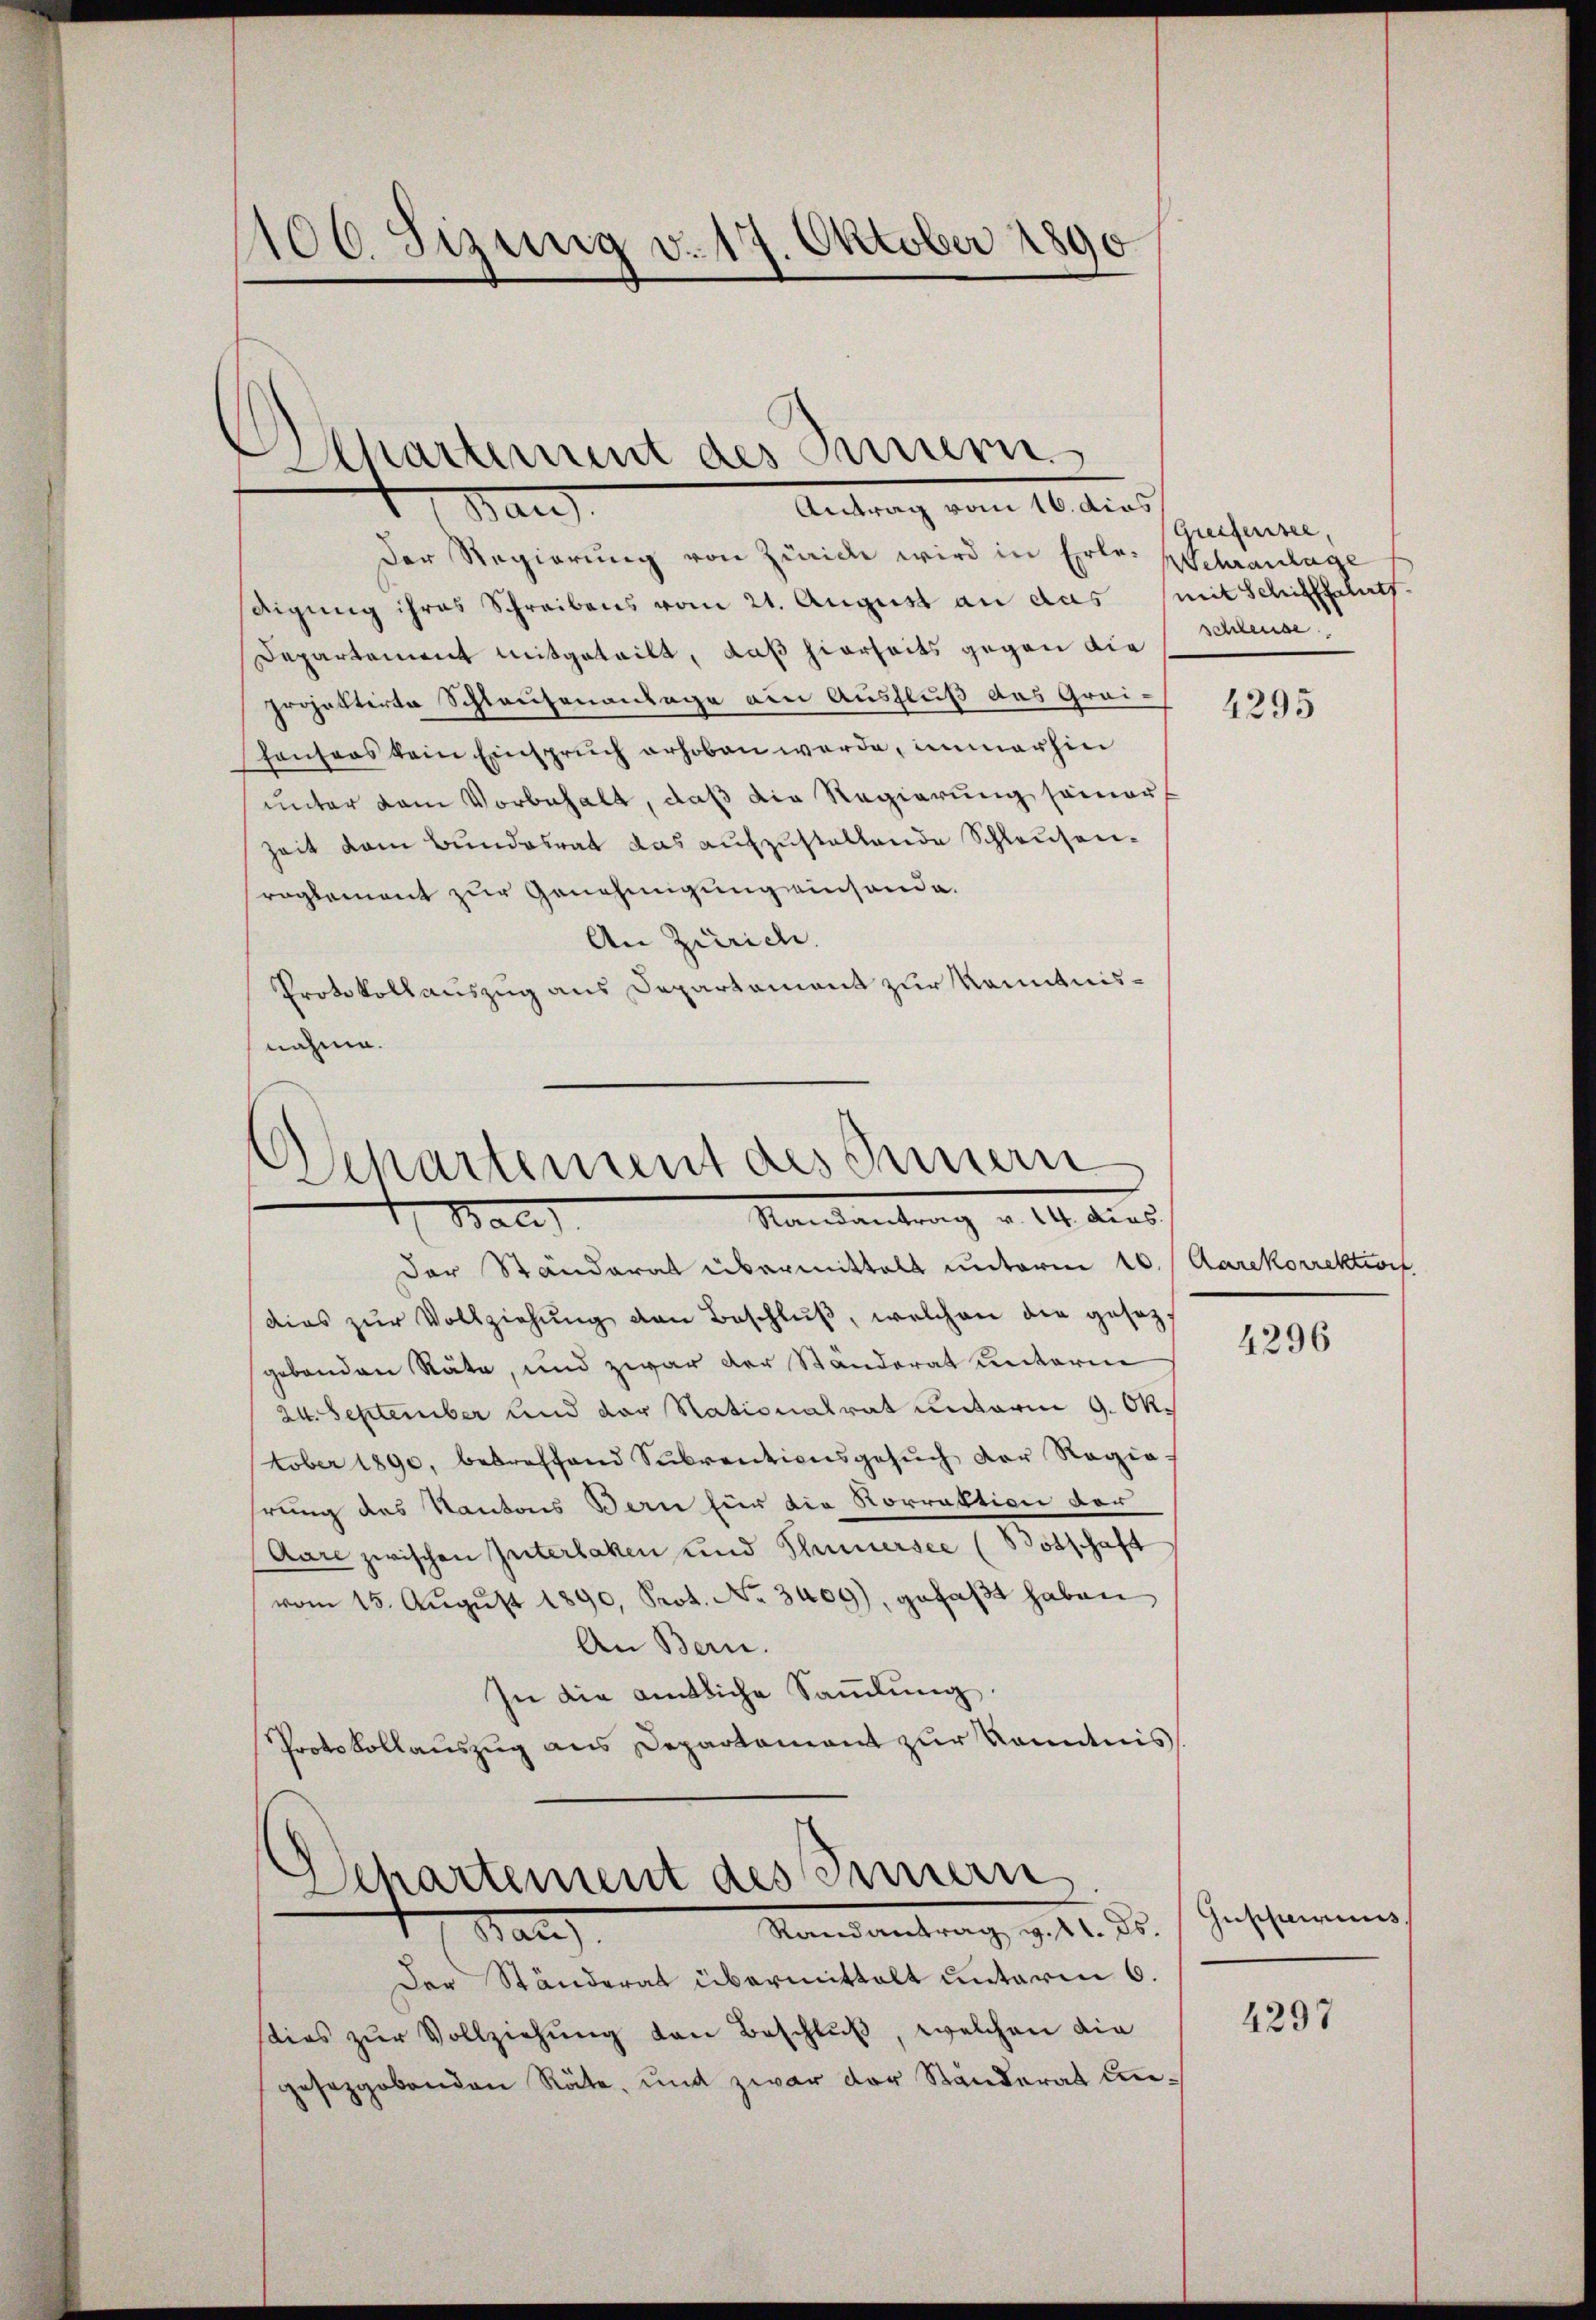
106. Sizung v. 17. Oktober 1890

Departement des Kurier
Antrag vom 16. dies
1 Man

Der Regierung von Zürich wird in Erle: Wehranlage
digung ihres Schreibens vom 21. August an das (mit Schifffahrts-
Departement mitgeteilt, daß hierheits gegen die
projektirte Schlausenanlage am Ausfluß das Greihansors kein Einspruch erhoben werde, immerhin
unter dem Vorbehalt, daß die Regierung seiner
Zeit dem Bundesrat das aufzustellende Schlausenreglement zur Genehmigung einsonde.
An Zürich.
Protokollauszug aus Departament zur Kenntnisnähme.

Departement des Innern
Randantrag v. 14. dies
Bale

Der Ständerat übermittelt unterm 10. / Aarekorrektion
dies zŭr Vollziehŭng den Beschlŭβ, welchen die gesezgebenden Räte, und zwar der Ständerat unterne
24. September und der Nationalrat unterm 9. Oktober 1890, betreffend Subventionsgesŭch der Regie-
hrung des Kantons Bern für die Korrektion der
Aare zwischen Güterlaken und Thunersee (Botschaft
vom 15. Aŭgŭst 1890, Prot. No. 3409), gefaβt haben,
An Bern.
In die amtliche Sammlung.
Protokollaŭszŭg ans Departament zŭr Kenntnis
Departement des Innern
Randantrag v. 11. ds.
Mar
Der Ständerat übermittalt unterm 6.
sties zŭr Vollziehŭng von Beschluß, welchen die
gesetzgebenden Räte, und zwar der Ständerat un¬

Greifensee,
schleuse

4295

4296

Gusherins

4297